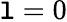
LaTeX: \mathtt{l}=0